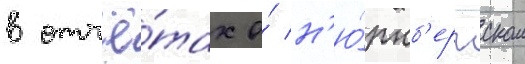
в отчё́тах о́ н'ю́рнб'ергском